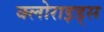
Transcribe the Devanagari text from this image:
क्लोराइड्स